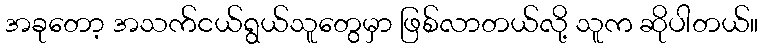
အခုတော့ အသက်ငယ်ရွယ်သူတွေမှာ ဖြစ်လာတယ်လို့ သူက ဆိုပါတယ်။